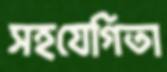
সহযেগিতা